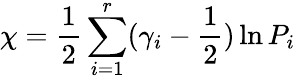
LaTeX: \chi=\frac 12\sum_{i=1}^{r}(\gamma_{i}-\frac 12)\ln P_{i}